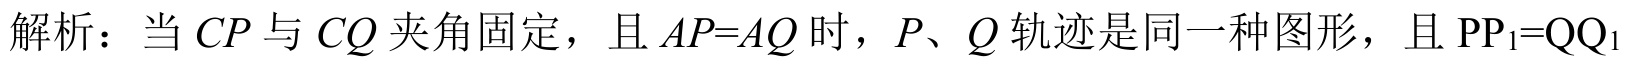
解析：当\(CP\)与\(CQ\)夹角固定，且\(AP = AQ\)时，\(P、Q\)轨迹是同一种图形，且\(PP_{1}=QQ_{1}\)